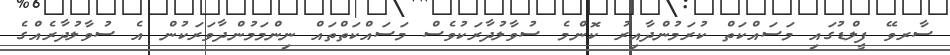
ސާރވޭ ފީލްޑުގައި މަސައްކަތް ކުރަމުންދާއިރު ކޮންމެ ސުވާލުދާރަކުވެސް މަސައްކަތްތައް ނިންމަމުންދާވަރަކުން އެ ސުވާލުދާރެއްގެ